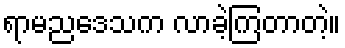
ရာမညဒေသက လာခဲ့ကြတာတဲ့။